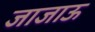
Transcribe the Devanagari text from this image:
जाजाऊ